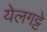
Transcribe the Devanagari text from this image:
येलगट्टे